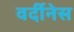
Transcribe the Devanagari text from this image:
वर्दीनेस